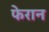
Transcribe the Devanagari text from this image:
फेरान